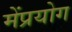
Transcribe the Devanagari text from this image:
मेंप्रयोग